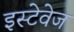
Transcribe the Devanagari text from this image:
इस्टेवेज